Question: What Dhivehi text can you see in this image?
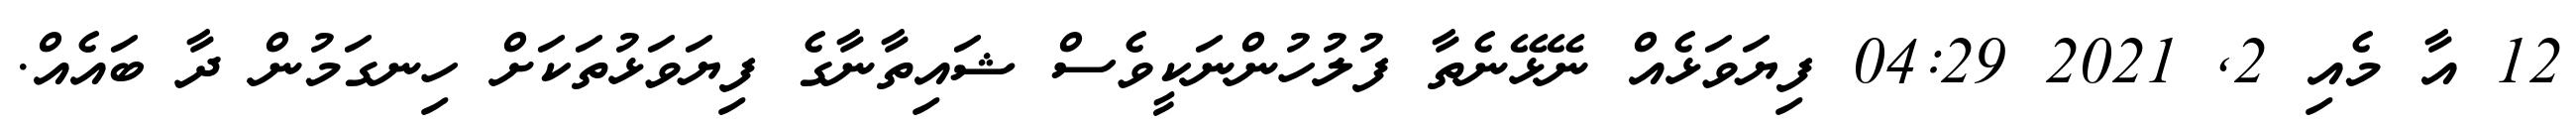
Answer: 12 އާ މެއި 2, 2021 04:29 ފިޔަވަޅެއް ނޭޅޭނެތާ ފުލުހުންނަކީވެސް ޝައިތާނާގެ ފިޔަވަޅުތަކަށް ހިނގަމުން ދާ ބައެއް.